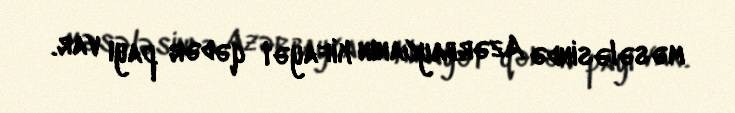
məsələsində Azərbaycanın kifayət qədər payı var.